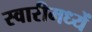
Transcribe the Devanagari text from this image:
स्वारीमध्यें